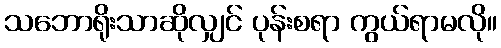
သဘောရိုးသာဆိုလျှင် ပုန်းစရာ ကွယ်ရာမလို။